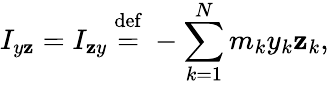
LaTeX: I_{y\mathbf{z}}=I_{\mathbf{z}y}\ {\stackrel{\mathrm{{def}}}{=}}\ -\sum_{k=1}^{N}m_{k}y_{k}\mathbf{z}_{k},\,